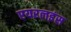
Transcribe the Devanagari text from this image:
एयरलइंस